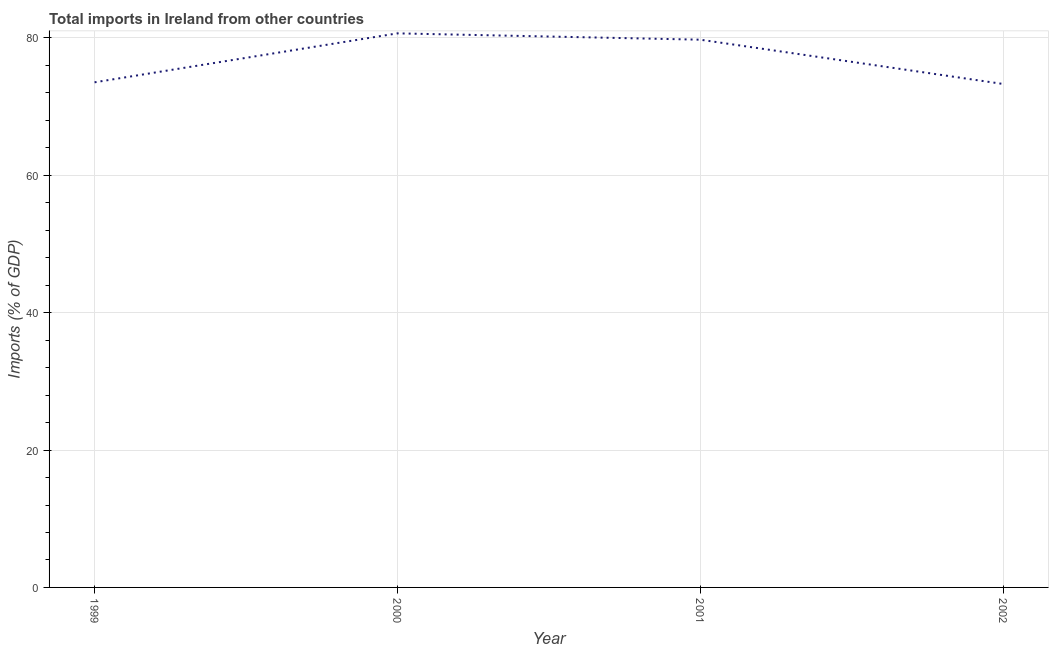
| Year | Imports |
 | --- | --- |
 | 1999 | 73.5 |
 | 2000 | 80.7 |
 | 2001 | 79.7 |
 | 2002 | 73.3 |